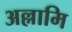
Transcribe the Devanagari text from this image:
अल्लामि